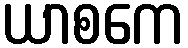
ယာစကေ